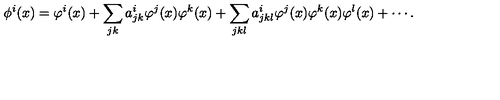
\phi ^ { i } ( x ) = \varphi ^ { i } ( x ) + \sum _ { j k } a _ { j k } ^ { i } \varphi ^ { j } ( x ) \varphi ^ { k } ( x ) + \sum _ { j k l } a _ { j k l } ^ { i } \varphi ^ { j } ( x ) \varphi ^ { k } ( x ) \varphi ^ { l } ( x ) + \cdots .